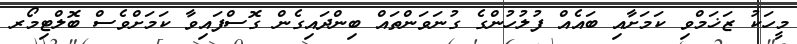
މީހަކު ޒަޚަމްވި ކަމަށާއި ބައެއް ފުލުހުންގެ ގުނަވަންތައް ބިންދައިގެން ގޮސްފައިވާ ކަމަށްވެސް ބޮލްޓިމޯރ